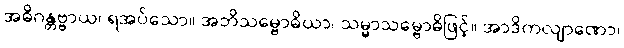
အဓိဂန္တဗ္ဗာယ၊ ရအပ်သော။ အဘိသမ္ဗောဓိယာ၊ သမ္မာသမ္ဗောဓိဖြင့်။ အာဒိကလျာဏော၊